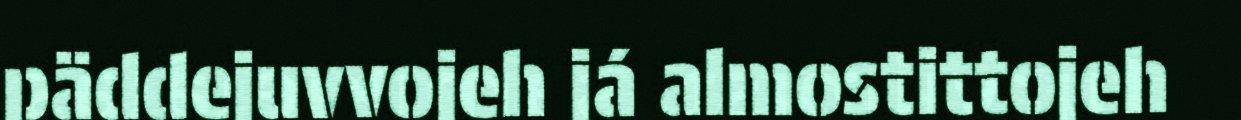
päddejuvvojeh já almostittojeh